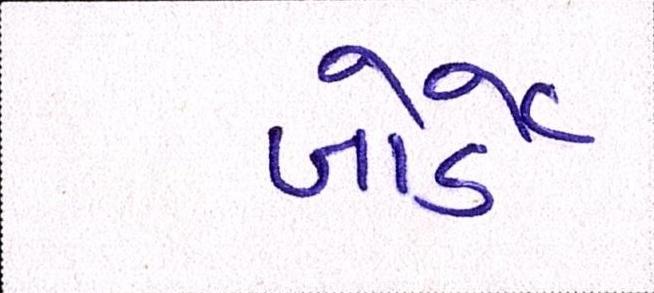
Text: બોર્ડે